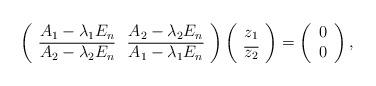
LaTeX: \begin{align*}\left(\begin{array}{cc}A_1-\lambda_1 E_n &A_2-\lambda_2 E_n \\\overline{A_2-\lambda_2 E_n}&\overline{A_1-\lambda_1 E_n} \\\end{array}\right)\left(\begin{array}{c}z_1 \\\overline{z_2} \\\end{array}\right)=\left(\begin{array}{c}0 \\0 \\\end{array}\right),\end{align*}